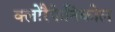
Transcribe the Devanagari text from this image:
क्लोरैफेनिकोल